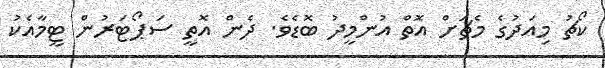
ކޯޗު މިއަދުގެ މެޗަށް އޮތް އުންމީދު ބޮޑެވެ. ދެން އޮތީ ސަޕޯޓަރުން ޓީމާއެކު